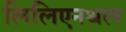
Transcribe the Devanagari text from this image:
लिलिएनथल